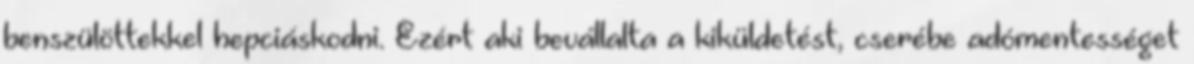
benszülöttekkel hepciáskodni. Ezért aki bevállalta a kiküldetést, cserébe adómentességet